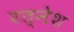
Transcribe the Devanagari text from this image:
रत्‍नेश